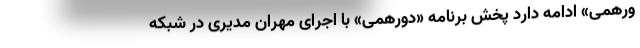
ورهمی» ادامه دارد پخش برنامه «دورهمی» با اجرای مهران مدیری در شبکه